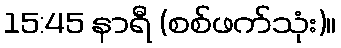
15:45 နာရီ (စစ်ဖက်သုံး)။